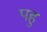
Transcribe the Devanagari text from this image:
पहु